Assam Mental Hospital (Tezpur, India) - 1933-1948
Year: 1933
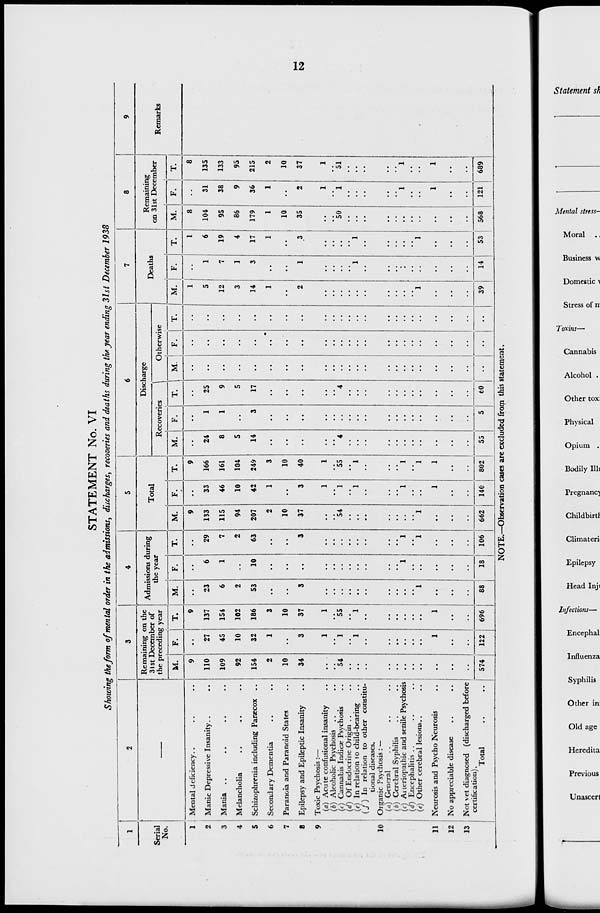
12
STATEMENT No. VI
Showing the form of mental order in the admissions, discharges, recoveries and deaths during the year ending 31st December 1938
1
Serial
No.
1
2
3
4
5
6
7
8
9
10
11
12
13
2
–––
Mental deficiency.. ..
Manic Depressive Insanity.. ..
Mania .. .. .. ..
Melancholia .. .. ..
Schizophrenia including Paræcox ..
Secondary Dementia .. ..
Paranoia and Paranoid States ..
Epilepsy and Epileptic Insanity ..
Toxic Psychosis:—
(a) Acute confusional insanity ..
(b) Alcoholic Psychosis ..
(c) Cannabis Indicæ Psychosis ..
(d) Of Endocrine Origin .. .. ..
(e) In relation to child-bearing ..
(f) In relation to other constitu-
tional diseases.
Organic Psychosis: —
(a) General .. ..
(b) Cerebral Syphilis .. ..
(c) Arteriopathic and senile Psychosis
(d) Encephalitis .. .. ..
(e) Other cerebral lesions .. ..
Neurosis and Psycho Neurosis ..
No appreciable disease .. ..
Not yet diagnosed (discharged before
certification).
Total .. ..
3
Remaining on the
31st December of
the preceding year
M.
9
110
109
92
154
2
10
34
..
..
54
..
..
..
..
..
..
..
..
..
..
..
574
F.
..
27
45
10
32
1
..
3
1
..
1
..
1
..
..
..
..
..
..
1
..
..
122
T.
9
137
154
102
186
3
10
37
1
..
55
..
1
..
..
..
..
..
..
1
..
..
696
4
Admissions during
the year
M.
..
23
6
2
53
..
..
3
..
..
..
..
..
..
..
..
..
..
1
..
..
..
88
F.
..
6
1
..
10
..
..
..
..
..
..
..
..
..
..
..
1
..
..
..
..
..
18
T.
..
29
7
2
63
..
..
3
..
..
..
..
..
..
..
..
1
..
1
..
..
..
106
5
Total
M.
9
133
115
94
207
2
10
37
..
..
54
..
..
..
..
..
..
..
1
..
..
..
662
F.
..
33
46
10
42
1
..
3
1
..
1
..
1
..
..
..
1
..
..
1
..
..
140
T.
9
166
161
104
249
3
10
40
1
..
55
..
1
..
..
..
1
..
1
1
..
..
802
6
Discharge
Recoveries
M.
..
24
8
5
14
..
..
..
..
..
4
..
..
..
..
..
..
..
..
..
..
..
55
F.
..
1
1
..
3
..
..
..
..
..
..
..
..
..
..
..
..
..
..
..
..
..
5
T.
..
25
9
5
17
..
..
..
..
..
4
..
..
..
..
..
..
..
..
..
..
..
60
Otherwise
M.
..
..
..
..
..
..
..
..
..
..
..
..
..
..
..
..
..
..
..
..
..
..
..
F.
..
..
..
..
..
..
..
..
..
..
..
..
..
..
..
..
..
..
..
..
..
..
..
T.
..
..
..
..
..
..
..
..
..
..
..
..
..
..
..
..
..
..
..
..
..
..
..
7
Deaths
M.
1
5
12
3
14
1
..
2
..
..
..
..
..
..
..
..
..
..
1
..
..
..
39
F.
...
1
7
1
3
..
..
1
..
..
..
..
1
..
..
..
..
..
..
..
..
..
14
T.
1
6
19
4
17
1
..
3
..
..
..
..
1
..
..
..
..
..
1
..
..
..
53
8
Remaining
on 31st December
M.
8
104
95
86
179
1
10
35
..
..
50
..
..
..
..
..
..
..
..
..
..
..
568
F.
..
31
38
9
36
1
..
2
1
..
1
..
..
..
..
..
1
..
..
1
..
..
121
T.
8
135
133
95
215
2
10
37
1
..
51
..
..
..
..
..
1
..
..
1
..
..
689
9
Remarks
NOTE.—Observation cases are excluded from this statement.